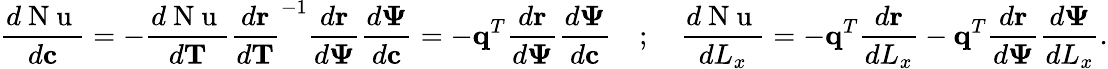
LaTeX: \frac{d\mathrm{~N~u~}}{d\mathbf{c}}=-\frac{d\mathrm{~N~u~}}{d\mathbf{T}}\frac{d\mathbf{r}}{d\mathbf{T}}^{-1}\frac{d\mathbf{r}}{d\mathbf{\Psi}}\frac{d\mathbf{\Psi}}{d\mathbf{c}}=-\mathbf{q}^{T}\frac{d\mathbf{r}}{d\mathbf{\Psi}}\frac{d\mathbf{\Psi}}{d\mathbf{c}}\quad;\quad\frac{d\mathrm{~N~u~}}{dL_{x}}=-\mathbf{q}^{T}\frac{d\mathbf{r}}{dL_{x}}-\mathbf{q}^{T}\frac{d\mathbf{r}}{d\mathbf{\Psi}}\frac{d\mathbf{\Psi}}{dL_{x}}.